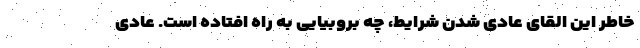
خاطر این القای عادی شدن شرایط، چه بروبیایی به راه افتاده است. عادی